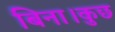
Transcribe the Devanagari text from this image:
बिना।कुछ